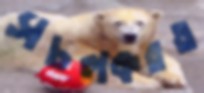
সচলকরত